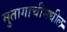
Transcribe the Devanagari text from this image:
मुतागाचीमधील